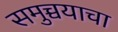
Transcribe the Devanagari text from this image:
समुच्चयाचा